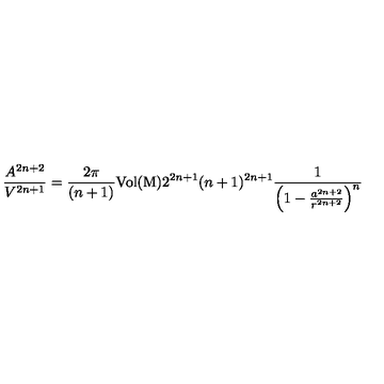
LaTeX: \frac { A ^ { 2 n + 2 } } { V ^ { 2 n + 1 } } = \frac { 2 \pi } { ( n + 1 ) } { \mathrm { V o l { ( M ) } } } 2 ^ { 2 n + 1 } ( n + 1 ) ^ { 2 n + 1 } \frac { 1 } { \left( 1 - \frac { a ^ { 2 n + 2 } } { r ^ { 2 n + 2 } } \right) ^ { n } }